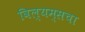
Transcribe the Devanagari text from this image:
विल्यम्सचा